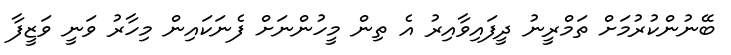
ބޭނުންކުރުމަށް ތަމްރީނު ދީފައިވާއިރު އެ ތިން މީހުންނަށް ފެނަކައިން މިހާރު ވަނީ ވަޒީފާ